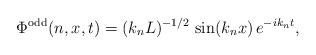
LaTeX: \begin{align*}\Phi^{\rm odd}(n,x,t) = (k_n L)^{-1/2} \, \sin(k_n x) \, e^{-i k_n t},\end{align*}